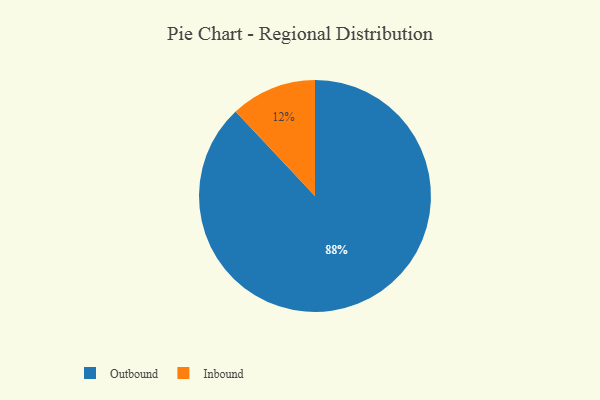
{"axis": {"x": "Category", "y": "Percentage"}, "legend": ["Inbound", "Outbound"], "data": [{"x": "Outbound", "y": 88, "type": "Outbound"}, {"x": "Inbound", "y": 12, "type": "Inbound"}]}